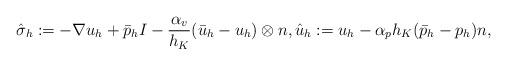
LaTeX: \begin{align*} \hat{\sigma}_h := -\nabla u_h + \bar{p}_h I - \frac{\alpha_{v}}{h_K}(\bar{u}_h - u_h)\otimes n, \hat{u}_h := u_h - \alpha_{p} h_K(\bar{p}_h - p_h) n,\end{align*}